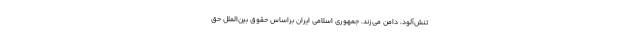
تنش‌آلود، دامن می‌زند. جمهوری اسلامی ایران براساس حقوق بین‌الملل حق